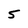
Character: 5